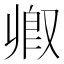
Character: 𫩃